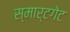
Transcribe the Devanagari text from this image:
स्मार्टगेट